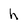
Character: h